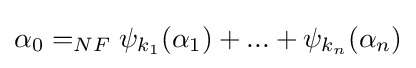
\alpha _{0}=_{NF}\psi _{k_{1}}(\alpha _{1})+...+\psi _{k_{n}}(\alpha _{n})